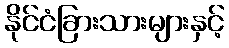
နိုင်ငံခြားသားများနှင့်